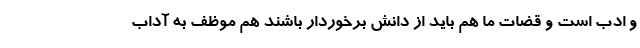
و ادب است و قضات ما هم باید از دانش برخوردار باشند هم موظف به آداب